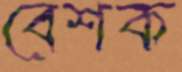
বেশক